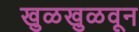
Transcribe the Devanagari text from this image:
खुळखुळवून